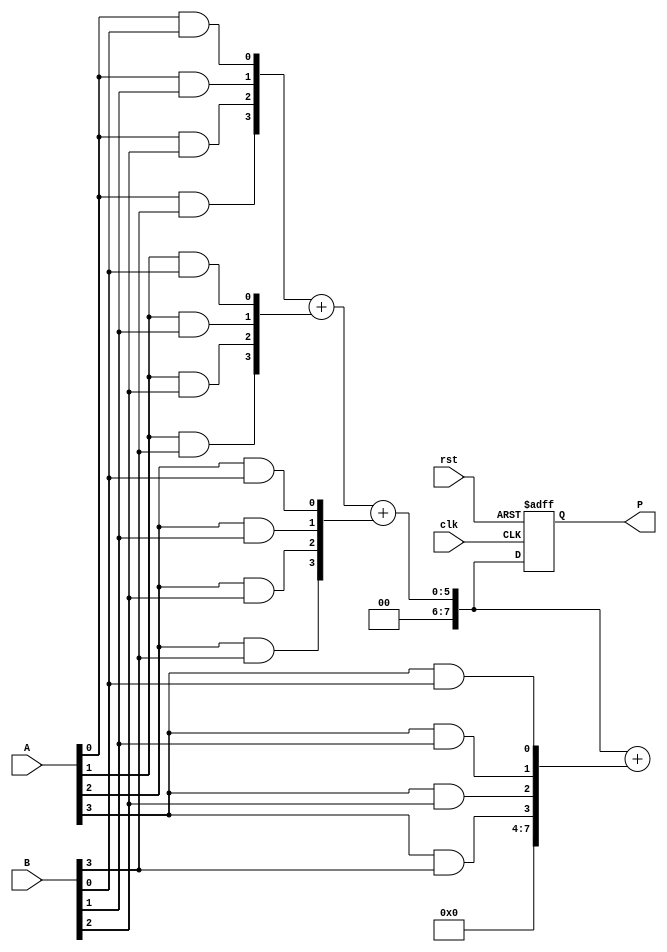
module wallace_tree_multiplier #(parameter N = 4) (
    input wire clk,
    input wire rst,
    input wire [N-1:0] A,
    input wire [N-1:0] B,
    output reg [2*N-1:0] P
);

    // Intermediate signals for partial products
    wire [N-1:0] pp[N-1:0]; // Partial products
    wire [N-1:0] sum[N-1:0]; // Sums at each CSA level
    wire [N-1:0] carry[N-1:0]; // Carries at each CSA level

    // Generate partial products
    genvar i, j;
    generate
        for (i = 0; i < N; i = i + 1) begin : gen_partial_products
            for (j = 0; j < N; j = j + 1) begin : gen_pp
                assign pp[i][j] = A[i] & B[j];
            end
        end
    endgenerate

    // Wallace Tree Reduction using Carry-Save Adders
    // Level 1: Reduce 4 partial products at a time
    generate
        for (i = 0; i < N; i = i + 1) begin : CSA_level1
            if (i % 3 == 0 && i + 2 < N) begin
                assign {carry[i/3], sum[i/3]} = pp[i] + pp[i+1] + pp[i+2];
            end else if (i % 3 == 0 && i + 1 < N) begin
                assign {carry[i/3], sum[i/3]} = pp[i] + pp[i+1];
            end else if (i % 3 == 0) begin
                assign sum[i/3] = pp[i];
                assign carry[i/3] = 0;
            end
        end
    endgenerate

    // Level 2: Further reduce the sums and carries
    generate
        for (i = 0; i < (N+2)/3; i = i + 1) begin : CSA_level2
            if (i % 3 == 0 && i + 2 < (N+2)/3) begin
                assign {carry[i/3], sum[i/3]} = {carry[i], sum[i]} + {carry[i+1], sum[i+1]} + {carry[i+2], sum[i+2]};
            end else if (i % 3 == 0 && i + 1 < (N+2)/3) begin
                assign {carry[i/3], sum[i/3]} = {carry[i], sum[i]} + {carry[i+1], sum[i+1]};
            end else if (i % 3 == 0) begin
                assign sum[i/3] = {carry[i], sum[i]};
                assign carry[i/3] = 0;
            end
        end
    endgenerate

    // Final addition stage
    reg [2*N-1:0] final_sum;
    reg [2*N-1:0] final_carry;

    always @(posedge clk or posedge rst) begin
        if (rst) begin
            P <= 0;
        end else begin
            // Final addition of the last sum and carry
            final_sum = {carry[0], sum[0]} + {carry[1], sum[1]};
            P <= final_sum;
        end
    end

endmodule